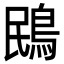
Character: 鴖